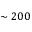
\sim 2 0 0